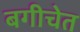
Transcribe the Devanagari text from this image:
बगीचेत